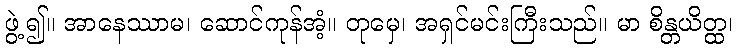
ဖွဲ့၍။ အာနေဿာမ၊ ဆောင်ကုန်အံ့။ တုမှေ၊ အရှင်မင်းကြီးသည်။ မာ စိန္တယိတ္ထ၊